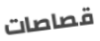
قصاصات